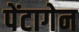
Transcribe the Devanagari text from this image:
पेंटागेन